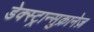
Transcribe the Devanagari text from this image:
डेक्स्ट्रान्सुक्रानेज़